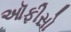
ઑફીસો